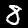
Label: 8